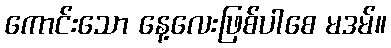
ကောင်းသော နေ့လေးဖြစ်ပါစေ မဒမ်။